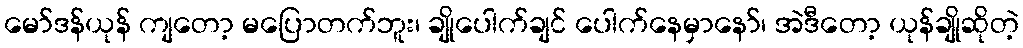
မော်ဒန်ယုန် ကျတော့ မပြောတက်ဘူး၊ ချိုပေါက်ချင် ပေါက်နေမှာနော်၊ အဲဒီတော့ ယုန်ချိုဆိုတဲ့